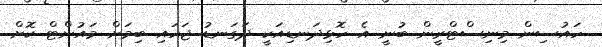
ހައުސިން މިނިސްޓްރީން ބުނީ އެ ހޮޅިދަނޑިއަކީ ދަގަނޑު ޖަހައި ބިމަށް މައުންޓް ކޮށް